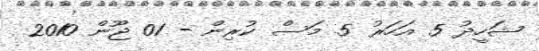
ޝަހީދު 5 އަހަރު 5 މަސް ކުރިން - 01 ޖޫން 2010